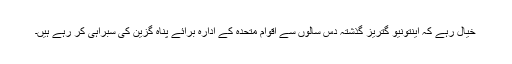
خیال رہے کہ اینتونیو گتریز گذشتہ دس سالوں سے اقوام متحدہ کے ادارہ برائے پناہ گزین کی سبراہی کر رہے ہیں۔